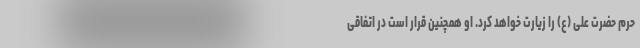
حرم حضرت علی (ع) را زیارت خواهد کرد. او همچنین قرار است در اتفاقی